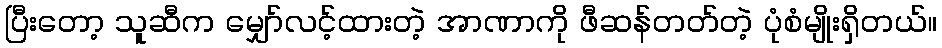
ပြီးတော့ သူဆီက မျှော်လင့်ထားတဲ့ အာဏာကို ဖီဆန်တတ်တဲ့ ပုံစံမျိုးရှိတယ်။